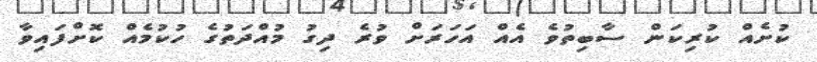
ކުށެއް ކުރިކަން ސާބިތުވެ އެއް އަހަރަށް ވުރެ ދިގު މުއްދަތުގެ ހުކުމެއް ކޮށްފައިވާ